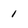
Character: 1